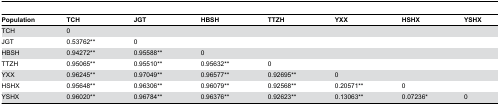
<table><thead><tr><td><b>Population</b></td><td><b>TCH</b></td><td><b>JGT</b></td><td><b>HBSH</b></td><td><b>TTZH</b></td><td><b>YXX</b></td><td><b>HSHX</b></td><td><b>YSHX</b></td></tr></thead><tbody><tr><td>TCH</td><td>0</td><td></td><td></td><td></td><td></td><td></td><td></td></tr><tr><td>JGT</td><td>0.53762**</td><td>0</td><td></td><td></td><td></td><td></td><td></td></tr><tr><td>HBSH</td><td>0.94272**</td><td>0.95588**</td><td>0</td><td></td><td></td><td></td><td></td></tr><tr><td>TTZH</td><td>0.95065**</td><td>0.95510**</td><td>0.95632**</td><td>0</td><td></td><td></td><td></td></tr><tr><td>YXX</td><td>0.96245**</td><td>0.97049**</td><td>0.96577**</td><td>0.92695**</td><td>0</td><td></td><td></td></tr><tr><td>HSHX</td><td>0.95648**</td><td>0.96306**</td><td>0.96079**</td><td>0.92568**</td><td>0.20571**</td><td>0</td><td></td></tr><tr><td>YSHX</td><td>0.96020**</td><td>0.96784**</td><td>0.96376**</td><td>0.92623**</td><td>0.13063**</td><td>0.07236*</td><td>0</td></tr></tbody></table>